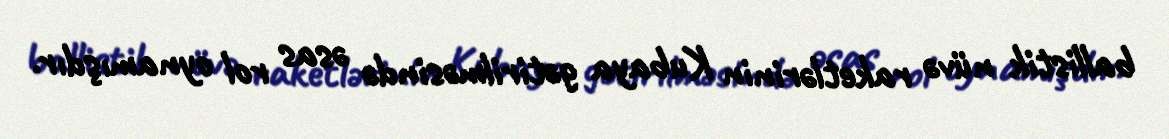
ballistik nüvə raketlərinin Kubaya gətirilməsində əsas rol oynamışdır.